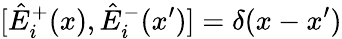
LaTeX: [\hat{E}_{i}^{+}(x),\hat{E}_{i}^{-}(x^{\prime})]=\delta(x-x^{\prime})